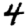
Digit: 4